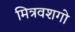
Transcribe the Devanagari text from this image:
मित्रवशगो